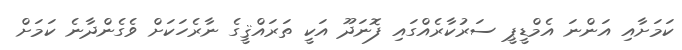
ކަމަށާއި އަންނަ އެމްޑީޕީ ސަރުކާރެއްގައި ފޮނަދޫ އަކީ ތަރައްޤީގެ ނާރެހަކަށް ވެގެންދާނެ ކަމަށް